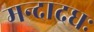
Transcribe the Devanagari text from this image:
मन्दादधः